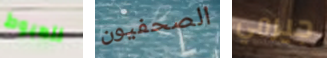
للهبوط الصحفيون جيرمي